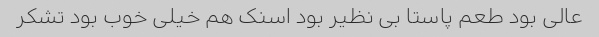
عالی بود طعم پاستا بی نظیر بود اسنک هم خیلی خوب بود تشکر